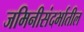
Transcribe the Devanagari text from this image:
जमिनीसंदर्भातील